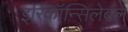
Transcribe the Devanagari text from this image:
इरिकॉन्सिलेबल